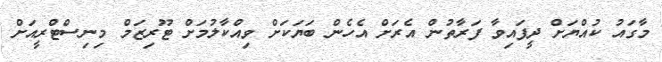
މާގައު ކުއްޔަށް ދީފައިވާ ފަރާތުން އެރަށް އެހެން ބަޔަކަށް ވިއްކާލުމަށް ޓޫރިޒަމް މިނިސްޓްރީއަށް